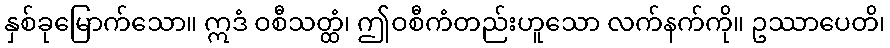
နှစ်ခုမြောက်သော။ ဣဒံ ဝစီသတ္ထံ၊ ဤဝစီကံတည်းဟူသော လက်နက်ကို။ ဥဿာပေတိ၊